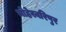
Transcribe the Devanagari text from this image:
मोहेस्वरिपुर